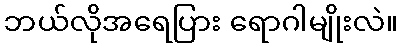
ဘယ်လိုအရေပြား ရောဂါမျိုးလဲ။